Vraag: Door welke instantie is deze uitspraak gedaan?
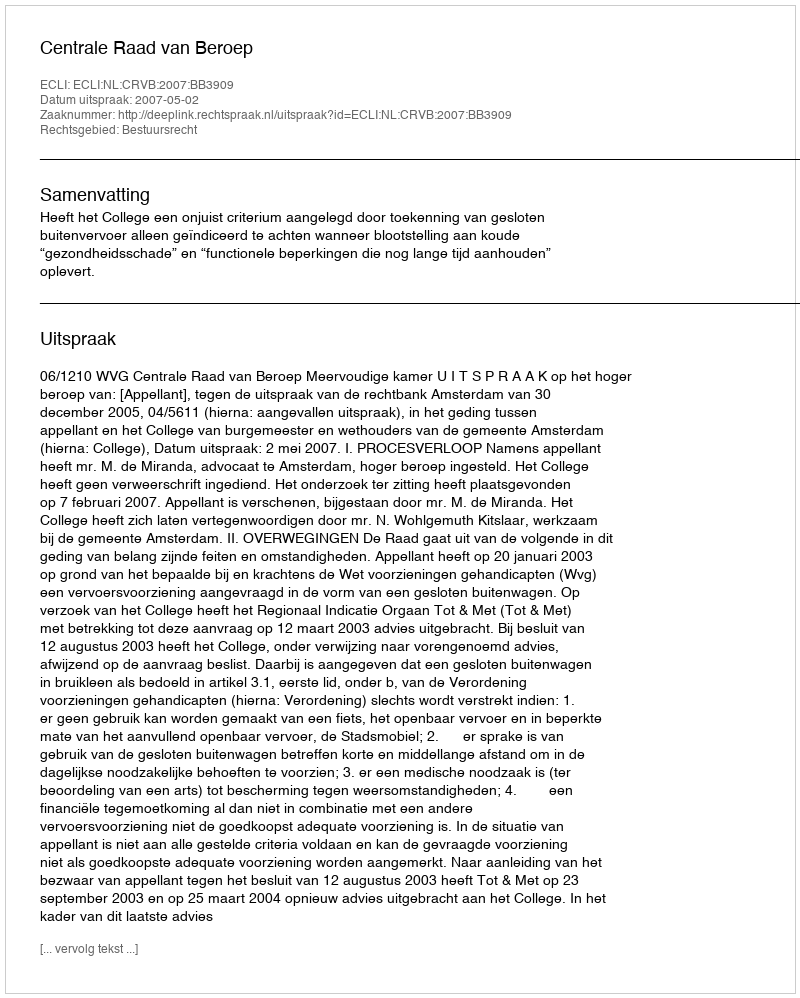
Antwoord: Centrale Raad van Beroep